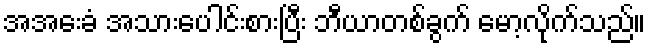
အအေးခံ အသားပေါင်းစားပြီး ဘီယာတစ်ခွက် မော့လိုက်သည်။